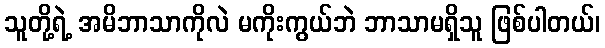
သူတို့ရဲ့ အမိဘာသာကိုလဲ မကိုးကွယ်ဘဲ ဘာသာမရှိသူ ဖြစ်ပါတယ်၊